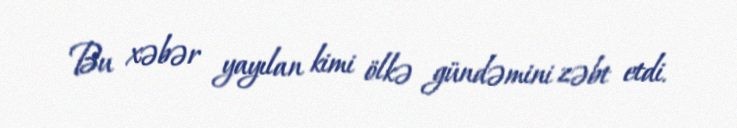
Bu xəbər yayılan kimi ölkə gündəmini zəbt etdi.